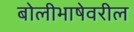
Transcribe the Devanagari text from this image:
बोलीभाषेवरील